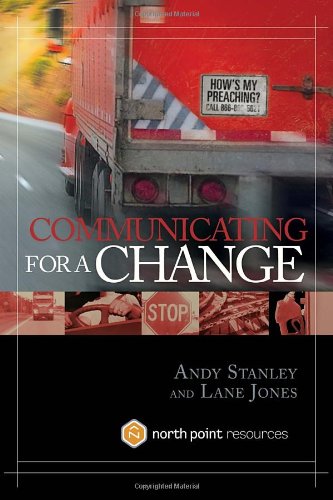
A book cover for Communicating for a Change: Seven Keys to Irresistible Communication (North Point Resources); Andy Stanley; Christian Books & Bibles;